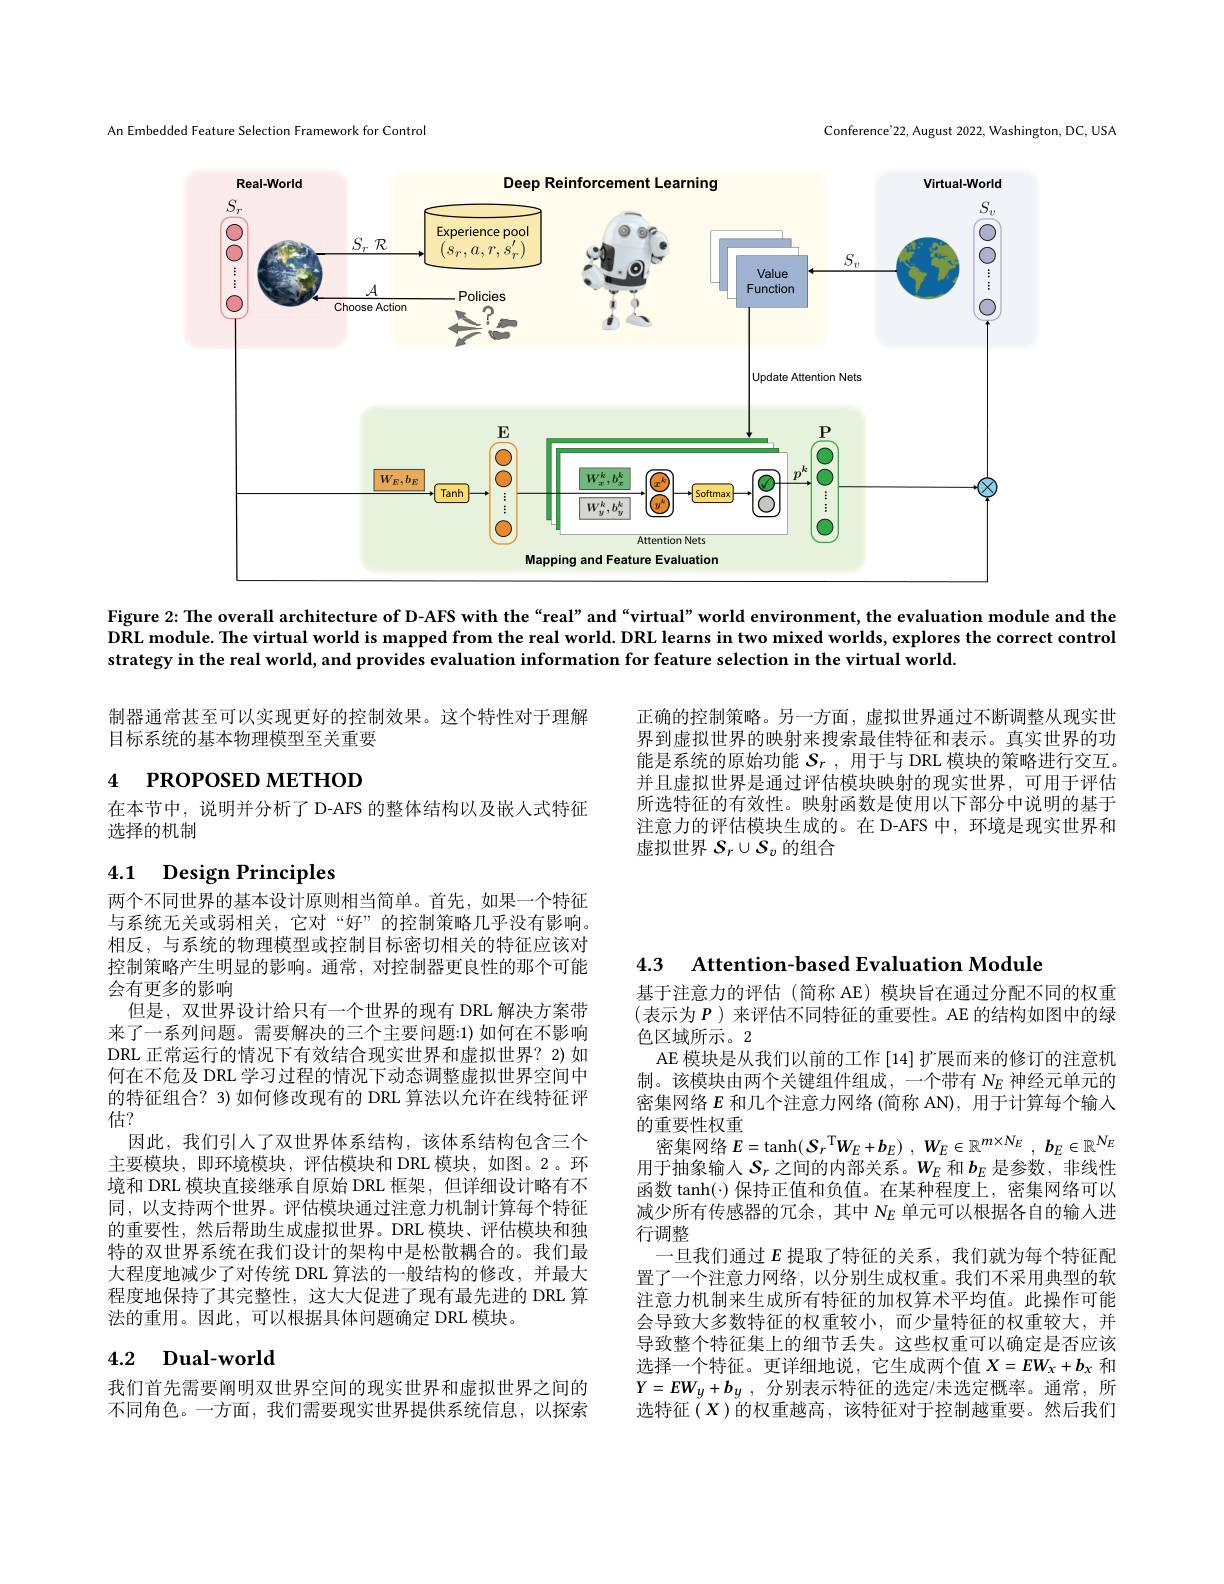
An Embedded Feature Selection Framework for Control

Conference'22, August 2022, Washington, DC, USA

<FigureHere>

Figure 2: The overall architecture of D-AFS with the“real” and“virtual" world environment, the evaluation module and the DRL module. The virtual world is mapped from the real world. DRL learns in two mixed worlds, explores the correct control strategy in the real world, and provides evaluation information for feature selection in the virtual world.

制器通常甚至可以实现更好的控制效果。这个特性对于理解
目标系统的基本物理模型至关重要

# 4 PROPOSED METHOD

正确的控制策略。另一方面，虚拟世界通过不断调整从现实世界到虚拟世界的映射来搜索最佳特征和表示。真实世界的功能是系统的原始功能$S_r$ , 用于与 DRL 模块的策略进行交互。并且虚拟世界是通过评估模块映射的现实世界，可用于评估所选特征的有效性。映射函数是使用以下部分中说明的基于注意力的评估模块生成的。在 D-AFS 中，环境是现实世界和虚拟世界$S_r\cup\mathcal{S}_v$的组合

在本节中，说明并分析了 D-AFS 的整体结构以及嵌入式特征
选择的机制

# 4.1 Design Principles

4.3 Attention-based Evaluation Module

两个不同世界的基本设计原则相当简单。首先，如果一个特征与系统无关或弱相关，它对“好”的控制策略几乎没有影响。相反，与系统的物理模型或控制目标密切相关的特征应该对控制策略产生明显的影响。通常，对控制器更良性的那个可能会有更多的影响
但是，双世界设计给只有一个世界的现有 DRL 解决方案带来了一系列问题。需要解决的三个主要问题：1) 如何在不影响DRL 正常运行的情况下有效结合现实世界和虚拟世界？2)如何在不危及 DRL 学习过程的情况下动态调整虚拟世界空间中的特征组合？3)如何修改现有的 DRL 算法以允许在线特征评估？
因此，我们引人了双世界体系结构，该体系结构包含三个主要模块，即环境模块，评估模块和 DRL 模块，如图。2。环境和 DRL 模块直接继承自原始 DRL 框架，但详细设计略有不同，以支持两个世界。评估模块通过注意力机制计算每个特征的重要性，然后帮助生成虚拟世界。DRL 模块、评估模块和独特的双世界系统在我们设计的架构中是松散耦合的。我们最大程度地减少了对传统 DRL 算法的一般结构的修改，并最大程度地保持了其完整性，这大大促进了现有最先进的 DRL 算法的重用。因此，可以根据具体问题确定 DRL 模块。

基于注意力的评估 (简称 AE) 模块旨在通过分配不同的权重(表示为 $P)$ 来评估不同特征的重要性。AE 的结构如图中的绿色区域所示。2
AE 模块是从我们以前的工作 [14] 扩展而来的修订的注意机制。该模块由两个关键组件组成，一个带有$N_E$神经元单元的密集网络$E$和几个注意力网络 (简称 AN), 用于计算每个输入的重要性权重
空 集 网 络 $E= \tanh ( \boldsymbol{S}_{r}^{\mathrm{T} }\boldsymbol{W}_{E}+ \boldsymbol{b}_{E})$ , $\boldsymbol{W}_{E}\in \mathbb{R} ^{m\times N_{E}}$ , $\boldsymbol{b}_{E}\in \mathbb{R} ^{N_{E}}$ 用于抽象输入$S_r$之间的内部关系。$W_E$和$b_E$是参数，非线性函数 tanh(\cdot) 保持正值和负值。在某种程度上，密集网络可以减少所有传感器的冗余，其中$N_E$单元可以根据各自的输入进行调整
一旦我们通过$E$提取了特征的关系，我们就为每个特征配置了一个注意力网络，以分别生成权重。我们不采用典型的软注意力机制来生成所有特征的加权算术平均值。此操作可能会导致大多数特征的权重较小，而少量特征的权重较大，并导致整个特征集上的细节丢失。这些权重可以确定是否应该选择一个特征。更详细地说，它生成两个值$X=EW_x+b_x$和$Y= EW_y+ b_y$ , 分别表示特征的选定/未选定概率。通常，所选特征(X)的权重越高，该特征对于控制越重要。然后我们

## 4.2 Dual-world

我们首先需要阐明双世界空间的现实世界和虚拟世界之间的不同角色。一方面，我们需要现实世界提供系统信息，以探索